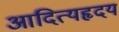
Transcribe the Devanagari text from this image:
आदित्यहृदय